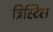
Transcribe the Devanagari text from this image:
त्रिस्टिस